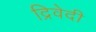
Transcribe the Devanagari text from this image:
द्रिवेदी